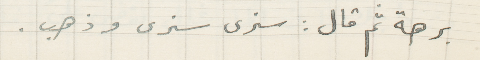
برهة ثم قال: سنرى سنرى وذهب.